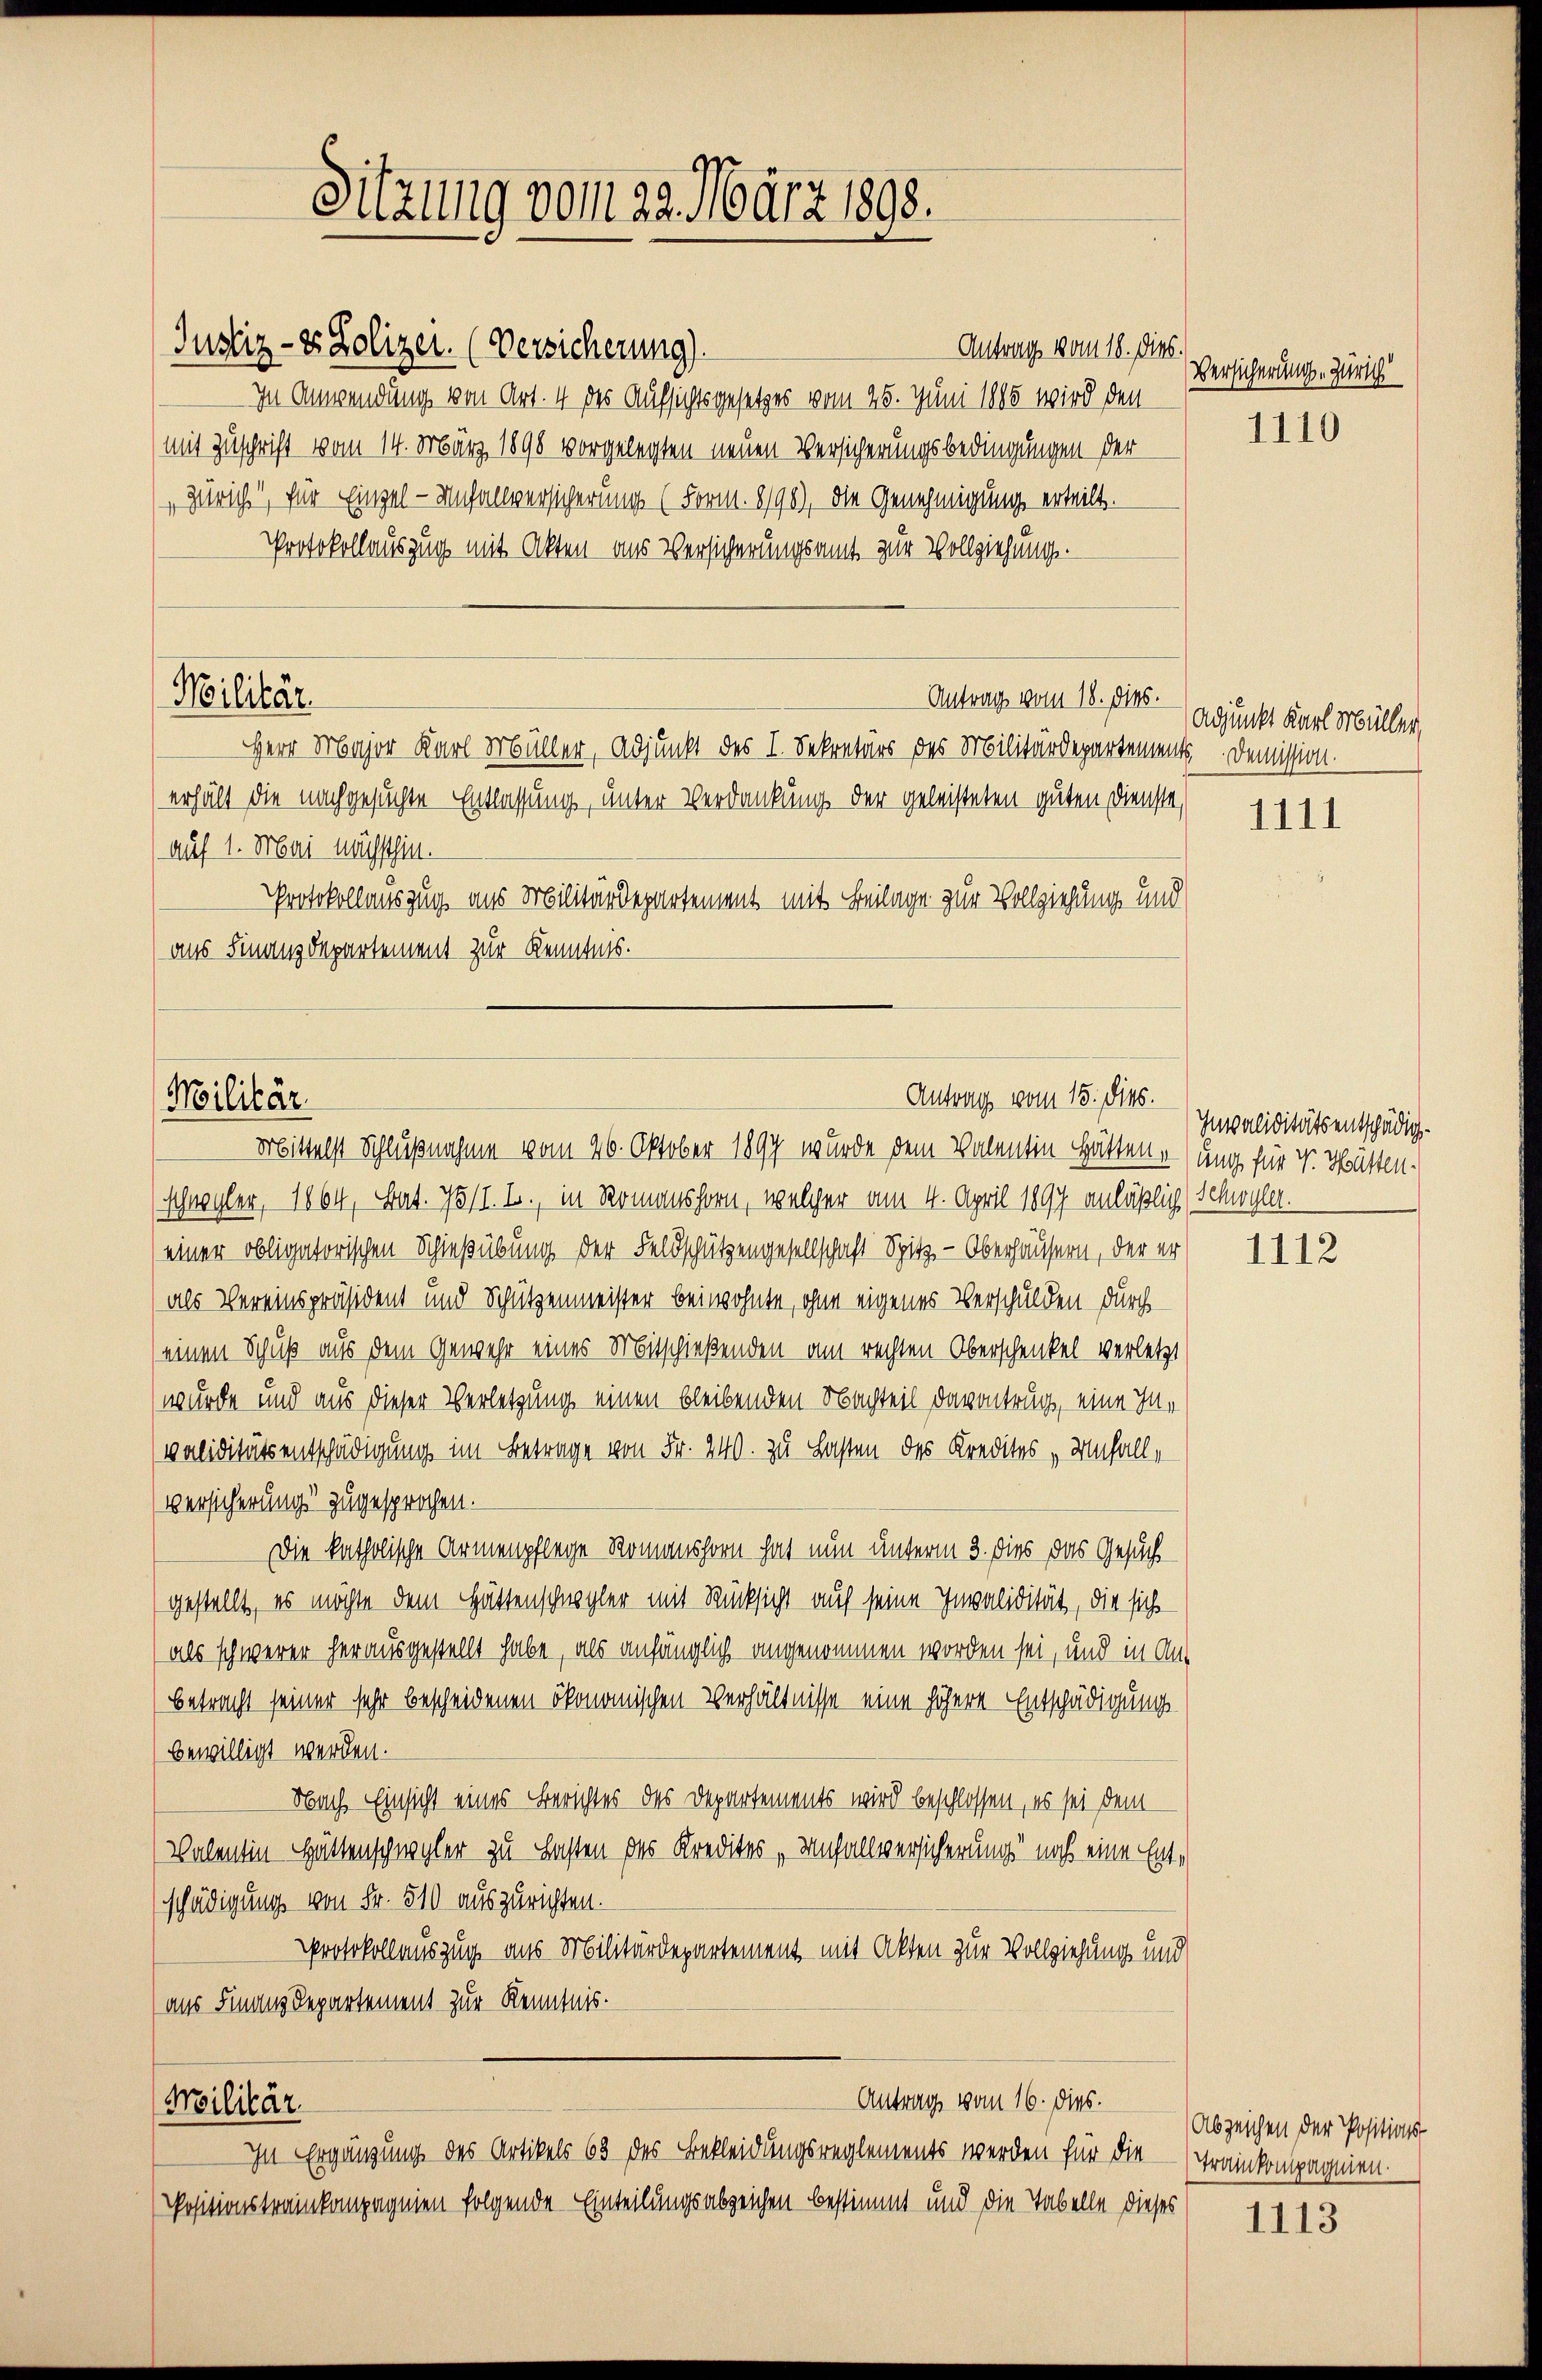
Justiz- & Polizei. (Versicherung)
Antrag vom 18. dies.
In Anwendung von Art. 4 des Aufsichtsgesetzes vom 25. Juni 1885 wird den
mit Zuschrift vom 14. März 1890 vorgelegten neuen Versicherungsbedingungen der
Zürich, für Einzel - Unfallversicherungs (Form. 8/90), die Genehmigung erteilt.
Protokollauszug mit Akten aus Versicherungsamt zur Vollziehung.
Militär.
Antrag vom 18. Dies.
Herr Major Karl Müller, Adjunkt des I. Sekretärs des Militärdepartements. Demission.
erhält die nachgesuchte Entlassung, unter Verdankung der geleisteten guten Dienste,
auf 1. Mai nächsthin.
Protokollauszug aus Militärdepartement mit Beilage zur Vollziehung und
aus Finanzdepartement zur Kenntnis.

Sitzung vom 22. März 1898.

Antrag vom 15. Dieb.
Militär.
Mrbittelst Schlußnahme vom 26. Oktober 1897 wurde dem Valentin hättenesung für v. Hatten.

Antrag vom 16. dies
Militär
In Ergänzung des Artikels 63 des Bekleidungsreglements werden für die

Positionstreinkompagnien folgende Einteilungsabzeichen bestimmt und die Tabelle dieses

Versicherung. Zürich

(schwyler, 1864, Bat. 78/I. L., in Romanshorn, welcher am 4. April 1897 anläßlich (Schwyler.
einer obligatorischen Schießübung der Feldschützengesellschaft Spitz - Oberhäusern, der er
als Vereinspräsident und Schützenmeister beiwohnte, ohne eigenes Verschulden durch
(einen Schuß aus dem Gewehr eines Mitschießenden am rechten Oberschenkel verletzt
wurde und aus dieser Verletzung einen bleibenden Nachteil davontrug, eine Invaliditätsentschädigung im Betrage von Fr. 240. zu Lasten des Kredites „Unfall,
Versicherung zugesprochen.
Die katholische Armenpflege Romanshorn hat nun unterm 3. dies das Gesuch
gestellt, es möchte dem Hättenschwyler mit Rücksicht auf seine Invalidität, die sich
als schwerer herausgestellt habe, als anfänglich angenommen worden sei, und in An-
Betracht seiner sehr bescheidenen ökonomischen Verhältnisse eine höhere Entschädigung
bewilligt werden.
Nach Einsicht eines Berichtes des Departements wird beschlossen, es sei dem
Valentin Hättenschwyler zu Lasten des Kredites „Unfallversicherung noch eine Entschädigung von Fr. 510 auszurichten.
Protokollauszug aus Militärdepartement mit Akten zur Vollziehung und
(aus Finanz-Departement zur Kenntnis.

1110

Adjunkt Karl Müller,

1111

Invaliditätsentschädig¬

1112

1113

Abzeichen der Positions
Trankompagnien.